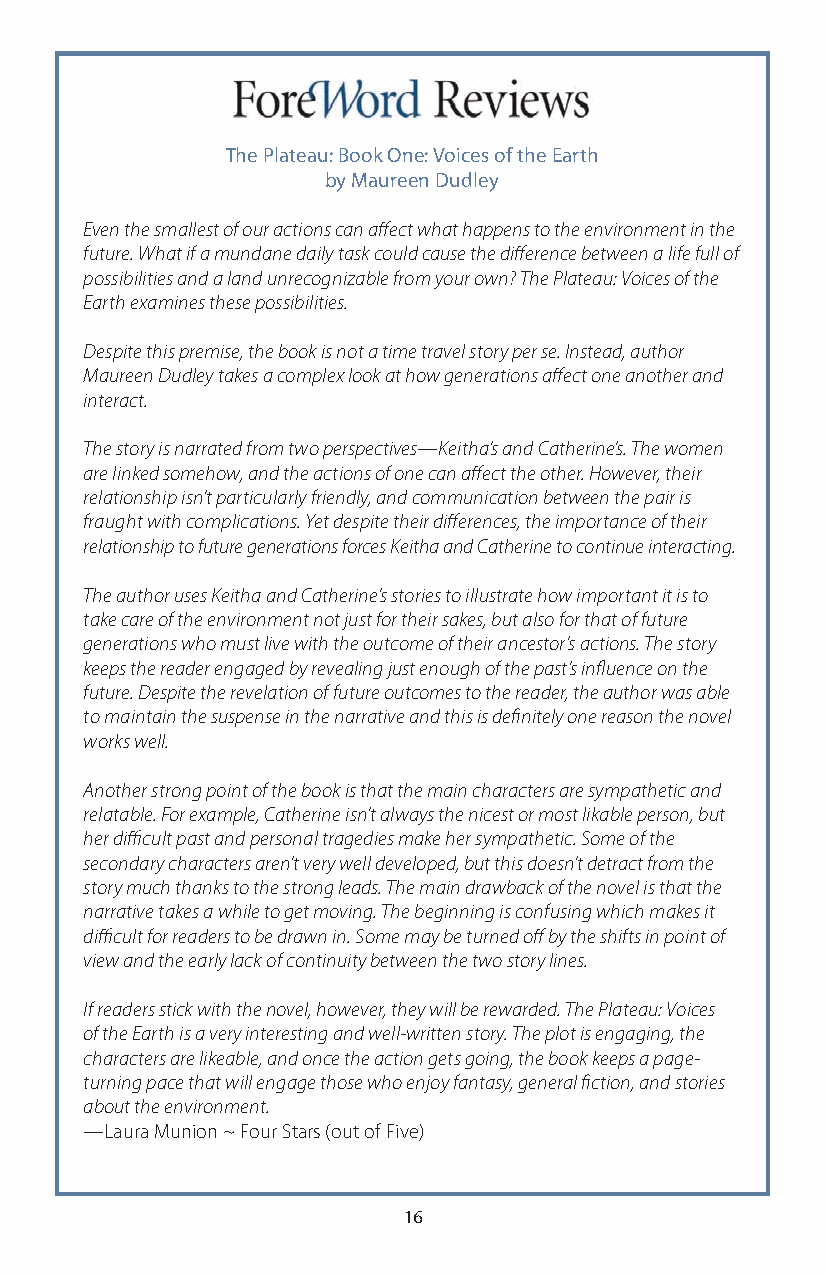
The Plateau: Book One: Voices of the Earth
 by Maureen Dudley
 Even the smallest of our actions can affect what happens to the environment in the
 future. What if a mundane daily task could cause the difference between a life full of
 possibilities and a land unrecognizable from your own? The Plateau: Voices of the
 Earth examines these possibilities.
 Despite this premise, the book is not a time travel story per se. Instead, author
 Maureen Dudley takes a complex look at how generations affect one another and
 interact.
 The story is narrated from two perspectives—Keitha’s and Catherine’s. The women
 are linked somehow, and the actions of one can affect the other. However, their
 relationship isn’t particularly friendly, and communication between the pair is
 fraught with complications. Yet despite their differences, the importance of their
 relationship to future generations forces Keitha and Catherine to continue interacting.
 The author uses Keitha and Catherine’s stories to illustrate how important it is to
 take care of the environment not just for their sakes, but also for that of future
 generations who must live with the outcome of their ancestor’s actions. The story
 keeps the reader engaged by revealing just enough of the past’s influence on the
 future. Despite the revelation of future outcomes to the reader, the author was able
 to maintain the suspense in the narrative and this is definitely one reason the novel
 works well.
 Another strong point of the book is that the main characters are sympathetic and
 relatable. For example, Catherine isn’t always the nicest or most likable person, but
 her difficult past and personal tragedies make her sympathetic. Some of the
 secondary characters aren’t very well developed, but this doesn’t detract from the
 story much thanks to the strong leads. The main drawback of the novel is that the
 narrative takes a while to get moving. The beginning is confusing which makes it
 difficult for readers to be drawn in. Some may be turned off by the shifts in point of
 view and the early lack of continuity between the two story lines.
 If readers stick with the novel, however, they will be rewarded. The Plateau: Voices
 of the Earth is a very interesting and well-written story. The plot is engaging, the
 characters are likeable, and once the action gets going, the book keeps a page-
 turning pace that will engage those who enjoy fantasy, general fiction, and stories
 about the environment.
 —Laura Munion ~ Four Stars (out of Five)
 16